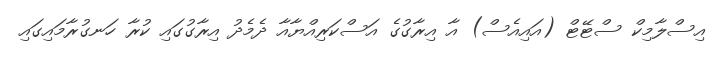
އިސްލާމިކް ސްޓޭޓް (އައިއެސް) އާ އިރާގުގެ އަސްކަރިއްޔާއާ ދެމެދު އިރާގުގައި ކުރާ ހަނގުރާމައިގައި